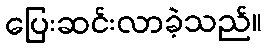
ပြေးဆင်းလာခဲ့သည်။